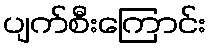
ပျက်စီးကြောင်း